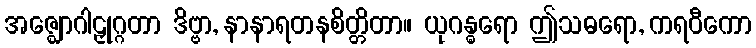
အဇ္ဈောဂါဠှုဂ္ဂတာ ဒိဗ္ဗာ, နာနာရတနစိတ္တိတာ။ ယုဂန္ဓရော ဤသဓရော, ကရဝီကော